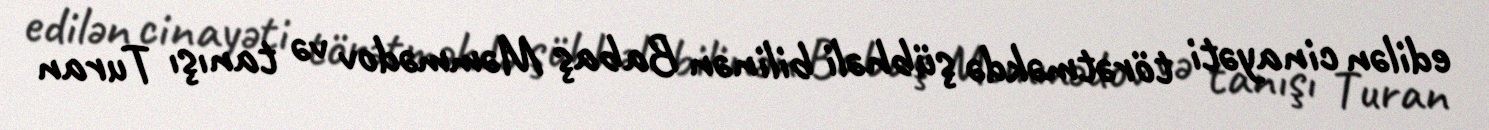
edilən cinayəti törətməkdə şübhəli bilinən Babaş Məmmədov və tanışı Turan